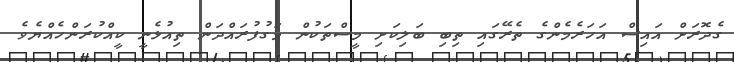
ގެދޮރަށް އައިސް އަހަރެމެންގެ ތެރޭގައި ތިބި ބަލިކަށި މީސްތަކުން މަގުފުރައްދަން ތިއުޅެނީ ކީއްކުރަންހެއްޔެވެ